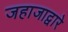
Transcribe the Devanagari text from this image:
जहाजाद्वारे